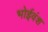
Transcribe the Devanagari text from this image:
भोईवंश